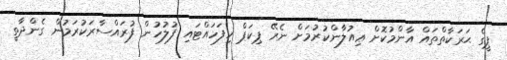
ޕީގެ ޙަރަކާތްތައް އާންމުކޮށް ޢިއުލާންކުރުމަށް ނެރޭ ޕިކަޕް ހިފަހައްޓައި ފުލުހުން ފުރައްސާރަކުރަމުން ގެންދާތީ